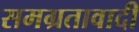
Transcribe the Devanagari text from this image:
समग्रतावादी